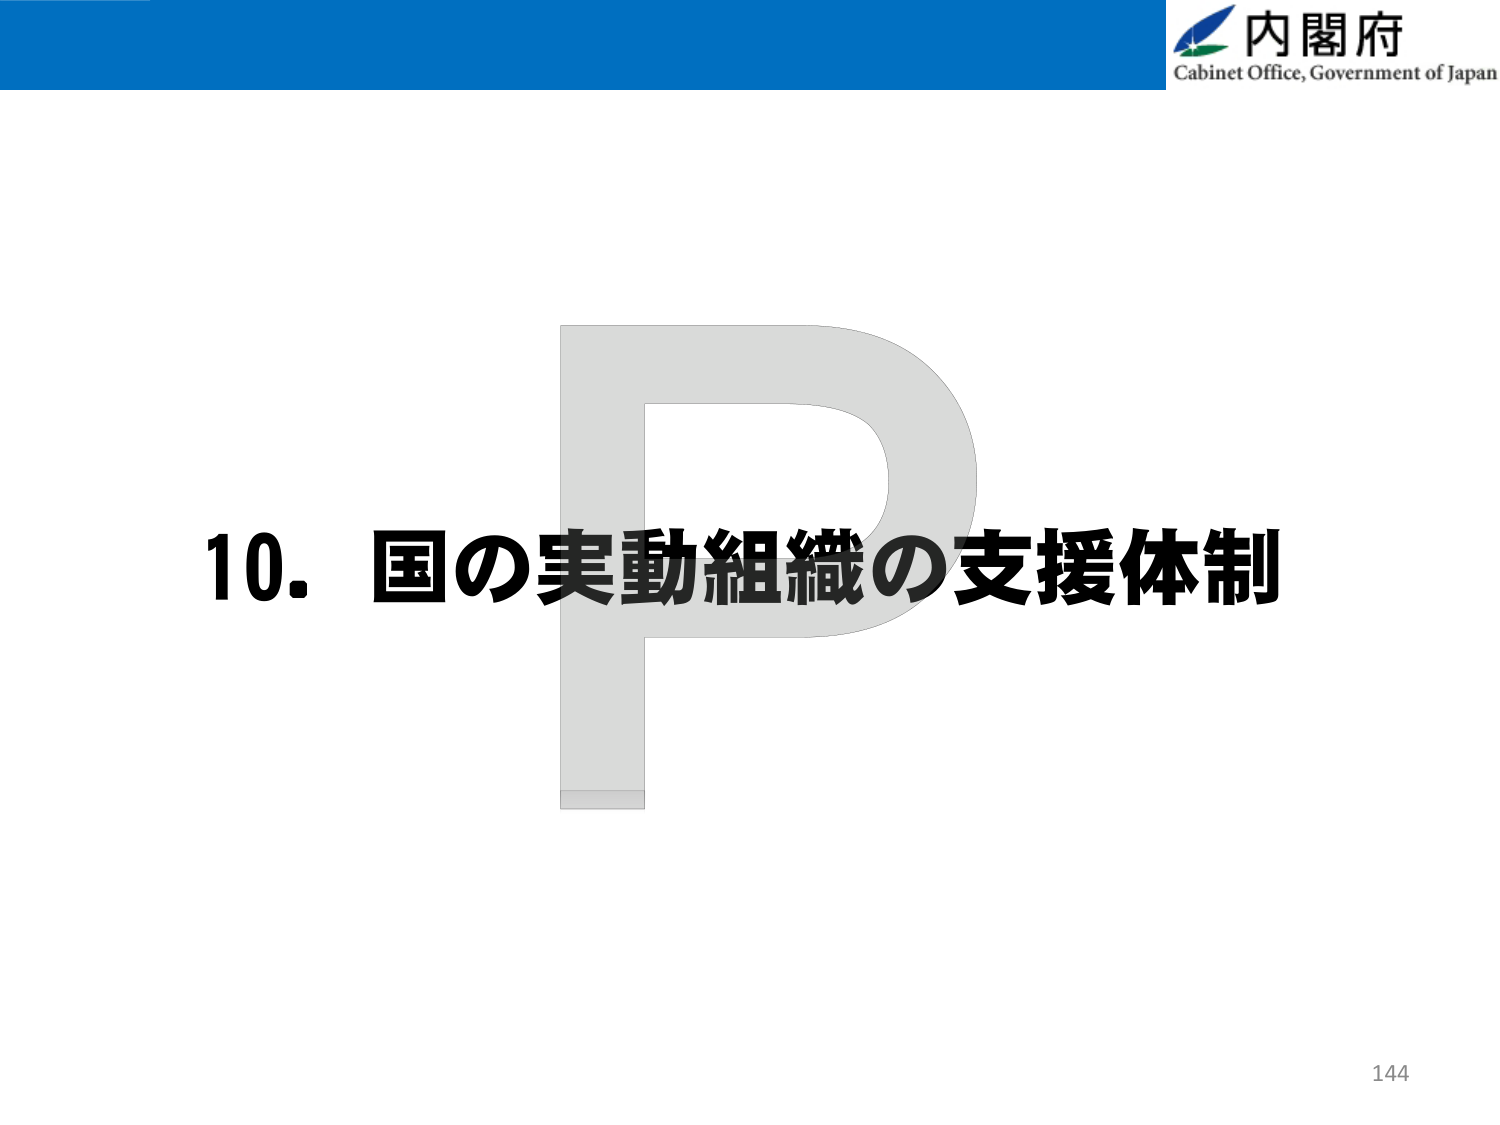
内閣府
Cabinet Office, Government of Japan
10. 国の実動組織の支援体制
144